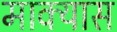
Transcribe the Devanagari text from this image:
माक्यास